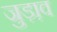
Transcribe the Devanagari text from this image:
जुड़ा़व